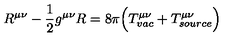
R ^ { \mu \nu } - \frac { 1 } { 2 } g ^ { \mu \nu } R = 8 \pi \Bigl ( T _ { v a c } ^ { \mu \nu } + T _ { s o u r c e } ^ { \mu \nu } \Bigr )